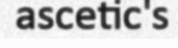
ascetic's